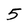
Character: 5